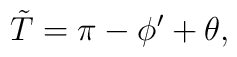
\tilde{T} = \pi - \phi^\prime + \theta,